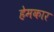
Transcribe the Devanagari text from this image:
हेमकार